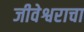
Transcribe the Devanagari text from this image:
जीवेश्वराचा